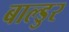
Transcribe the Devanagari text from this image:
बाल्डुर